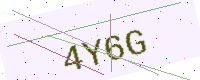
Text: 4Y6G